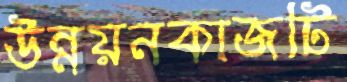
উন্নয়নকাজটি